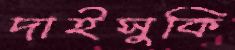
দাইসুকি